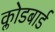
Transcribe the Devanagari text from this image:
क्लोडबार्ड